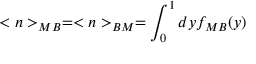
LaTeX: < n > _ { M B } = < n > _ { B M } = \int _ { 0 } ^ { 1 } d y f _ { M B } ( y )